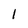
Character: 1